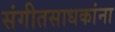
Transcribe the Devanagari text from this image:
संगीतसाधकांना